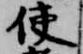
使